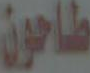
طاحون